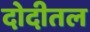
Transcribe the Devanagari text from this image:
दोदीतल